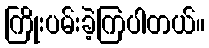
ကြိုးပမ်းခဲ့ကြပါတယ်။